Scientific memoirs by medical officers of the Army of India - Part XII,
Year: 1901
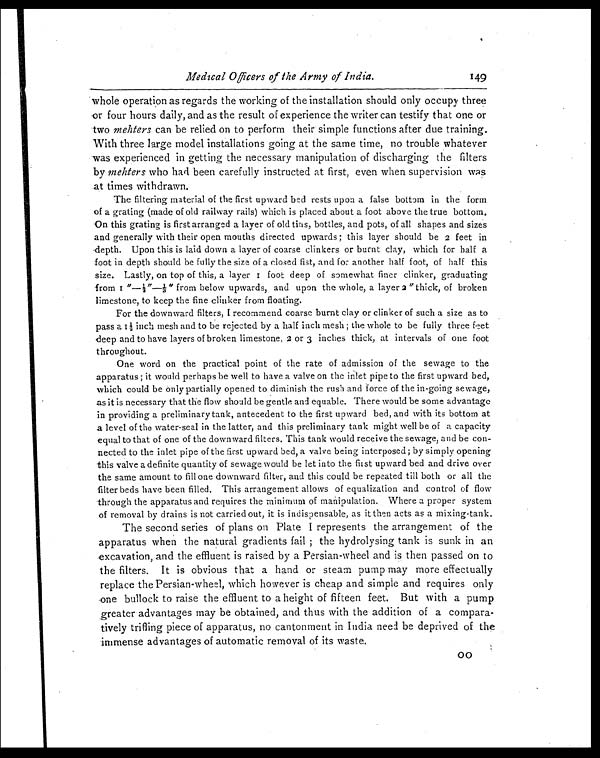
Medical Officers of the Army of India.
whole operation as regards the working of the installation should only occupy three
or four hours daily, and as the result of experience the writer can testify that one or
two mehters can be relied on to perform their simple functions after due training.
With three large model installations going at the same time, no trouble whatever
was experienced in getting the necessary manipulation of discharging the filters
by mehters who had been carefully instructed at first, even when supervision was
at times withdrawn.
The filtering material of the first upward bed rests upon a false bottom in the form
of a grating (made of old railway rails) which is placed about a foot above the true bottom.
On this grating is first arranged a layer of old tins, bottles, and pots, of all shapes and sizes
and generally with their open mouths directed upwards; this layer should be 2 feet in
depth. Upon this is laid down a layer of coarse clinkers or burnt clay, which for half a
foot in depth should be fully the size of a closed fist, and for another half foot, of half this
size. Lastly, on top of this, a layer 1 foot deep of somewhat finer clinker, graduating
from1"—½"—1\3" from below upwards, and upon the whole, a layer 2" thick, of broken
limestone, to keep the fine clinker from floating.
For the downward filters, I recommend coarse burnt clay or clinker of such a size as to
p a s s a 1 ½ i n c h m e s h a n d t o b e r e j e c t e d b y a h a l f i n c h m e s h ; t h e w h o l e t o b e f u l l y t h r e e f e e t
deep and to have layers of broken limestone, 2 or 3 inches thick, at intervals of one foot
throughout.
One word on the practical point of the rate of admission of the sewage to the
apparatus; it would perhaps be well to have a valve on the inlet pipe to the first upward bed,
which could be only partially opened to diminish the rush and force of the in-going sewage,
as it is necessary that the flow should be gentle and equable. There would be some advantage
in providing a preliminary tank, antecedent to the first upward bed, and with its bottom at
a level of the water-seal in the latter, and this preliminary tank might well be of a capacity
equal to that of one of the downward filters. This tank would receive the sewage, and be con
- n e c t e d t o t h e i n l e t p i p e o f t h e f i r s t u p w a r d b e d , a v a l v e b e i n g i n t e r p o s e d ; b y s i m p l y o p e n i n g
this valve a definite quantity of sewage would be let into the fast upward bed and drive over
the same amount to fill one downward filter, and this could be repeated till both or all the
filter beds have been filled. This arrangement allows of equalization and control of flow
through the apparatus and requires the minimum of manipulation. Where a proper system
of removal by drains is not carried out, it is indispensable, as it then acts as a mixing-tank.
The second series of plans on Plate I represents the arrangement of the
apparatus when the natural gradients fail; the hydrolysing tank is sunk in an
excavation, and the effluent is raised by a Persian-wheel and is then passed on to
the filters. It is obvious that a hand or steam pump may more effectually
replace the Persian-wheel, which however is cheap and simple and requires only
one bullock to raise the effluent to a height of fifteen feet. But with a pump
greater advantages may be obtained, and thus with the addition of a compara
- t i v e l y t r i f l i n g p i e c e o f a p p a r a t u s , n o c a n t o n m e n t i n I n d i a n e e d b e d e p r i v e d o f t h e
immense advantages of automatic removal of its waste.
149
O O